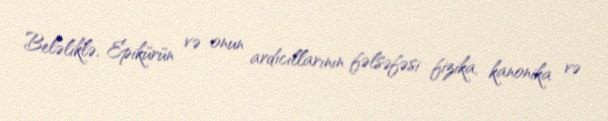
Beləliklə, Epikürün və onun ardıcıllarının fəlsəfəsi fizika, kanonika və